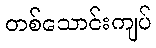
တစ်သောင်းကျပ်